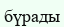
бүрады